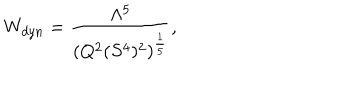
W _ { d y n } = \frac { \Lambda ^ { 5 } } { ( Q ^ { 2 } ( S ^ { 4 } ) ^ { 2 } ) ^ { \frac { 1 } { 5 } } } ,